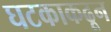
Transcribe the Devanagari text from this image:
घटकाकढून